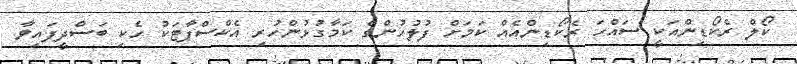
ކޯލް ރެކޯޑިންއަކީ ސައްހަ ރެކޯޑިންއެއް ކަމަށް ފުލުހުންގެ ކަމާގުޅުންހުރި އެކްސްޕާޓަކު ހެކި ބަސްދީފައިވާ